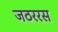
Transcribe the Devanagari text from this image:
जठररस